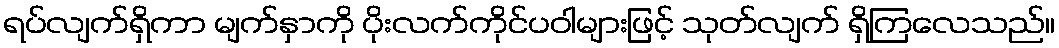
ရပ်လျက်ရှိကာ မျက်နှာကို ပိုးလက်ကိုင်ပဝါများဖြင့် သုတ်လျက် ရှိကြလေသည်။